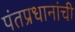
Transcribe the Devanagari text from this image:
पंतप्रधानांची